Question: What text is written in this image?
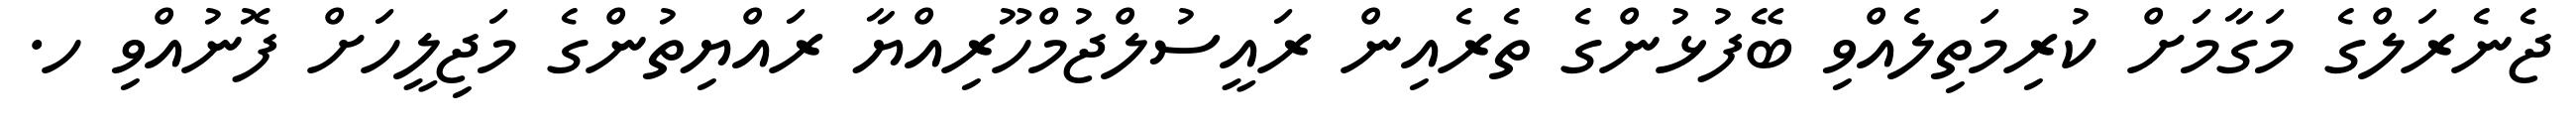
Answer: ޖެނެރަލްގެ މަގާމަށް ކުރިމަތިލެއްވި ބޭފުޅުންގެ ތެރެއިން ރައީސުލްޖުމްހޫރިއްޔާ ރައްޔިތުންގެ މަޖިލީހަށް ފޮނުއްވި ހ.